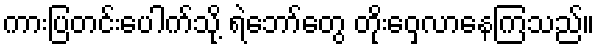
ကားပြတင်းပေါက်သို့ ရဲဘော်တွေ တိုးဝှေ့လာနေကြသည်။